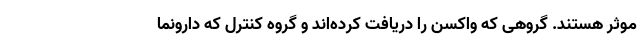
موثر هستند. گروهی که واکسن را دریافت کرده‌اند و گروه کنترل که دارونما